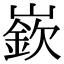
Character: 嶔